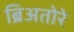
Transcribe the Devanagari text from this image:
ब्रिअतोरे